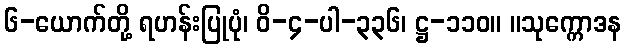
၆-ယောက်တို့ ရဟန်းပြုပုံ၊ ဝိ-၄-ပါ-၃၃၆၊ ဋ္ဌ-၁၁၀။ ။သုက္ကောဒန